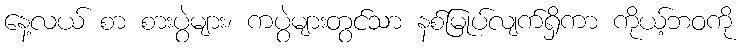
နေ့လယ် စာ စားပွဲများ၊ ကပွဲများတွင်သာ နစ်မြုပ်လျက်ရှိကာ ကိုယ့်ဘဝကို